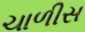
ચાળીસ